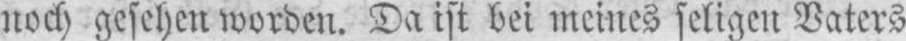
noch gesehen worden. Da ist bei meines seligen Vaters